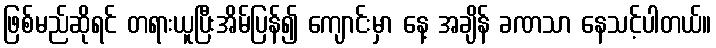
ဖြစ်မည်ဆိုရင် တရားယူပြီးအိမ်ပြန်၍ ကျောင်းမှာ နေ့ အချိန် ခဏသာ နေသင့်ပါတယ်။